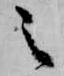
之